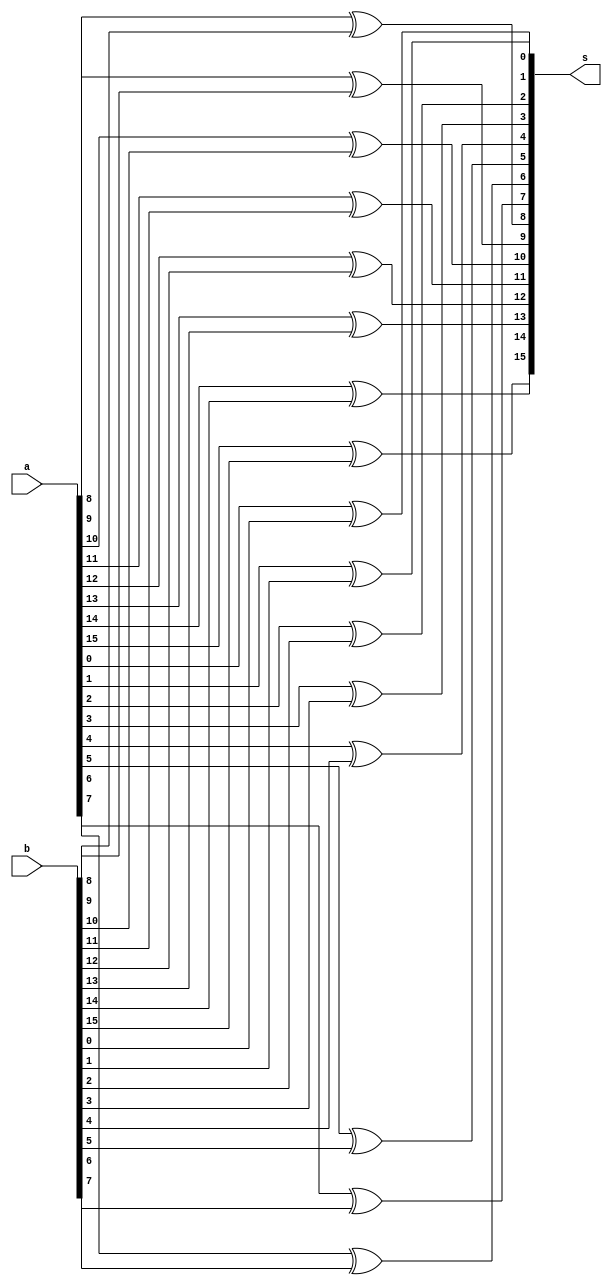
module Xor_16(input [15:0] a, b, output [15:0] s);
	assign s[0] = a[0] ^ b[0];
	assign s[1] = a[1] ^ b[1];
	assign s[2] = a[2] ^ b[2];
	assign s[3] = a[3] ^ b[3];
	assign s[4] = a[4] ^ b[4];
	assign s[5] = a[5] ^ b[5];
	assign s[6] = a[6] ^ b[6];
	assign s[7] = a[7] ^ b[7];
	assign s[8] = a[8] ^ b[8];
	assign s[9] = a[9] ^ b[9];
	assign s[10] = a[10] ^ b[10];
	assign s[11] = a[11] ^ b[11];
	assign s[12] = a[12] ^ b[12];
	assign s[13] = a[13] ^ b[13];
	assign s[14] = a[14] ^ b[14];
	assign s[15] = a[15] ^ b[15];
endmodule